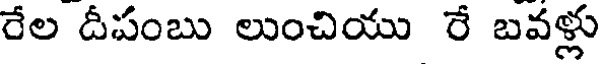
రేల దీపంబు లుంచియు రే బవళ్లు